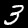
Label: 3